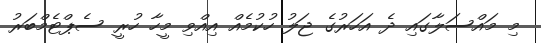
މި މައްސަލާގައި ދެ އަހަރުގެ ޖަލު ހުކުމެއް އިއްވި މީހާ ހުރީ ސެޕްޓެމްބަރު